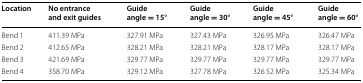
<table><thead><tr><td><b>Location</b></td><td><b>No entrance and exit guides</b></td><td><b>Guide angle = 15°</b></td><td><b>Guide angle = 30°</b></td><td><b>Guide angle = 45°</b></td><td><b>Guide angle = 60°</b></td></tr></thead><tbody><tr><td>Bend 1</td><td>411.39 MPa</td><td>327.91 MPa</td><td>327.43 MPa</td><td>326.95 MPa</td><td>326.47 MPa</td></tr><tr><td>Bend 2</td><td>412.65 MPa</td><td>328.21 MPa</td><td>328.21 MPa</td><td>328.17 MPa</td><td>328.17 MPa</td></tr><tr><td>Bend 3</td><td>421.69 MPa</td><td>329.77 MPa</td><td>329.77 MPa</td><td>329.77 MPa</td><td>329.77 MPa</td></tr><tr><td>Bend 4</td><td>358.70 MPa</td><td>329.12 MPa</td><td>327.78 MPa</td><td>326.52 MPa</td><td>325.34 MPa</td></tr></tbody></table>